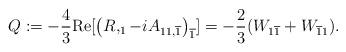
LaTeX: \begin{align*}Q:=-\frac{4}{3}\mathrm{Re}[\left( R,_{1}-iA_{11,\overline{1}}\right) _{\overline{1}}]=-\frac{2}{3}(W_{1\overline{1}}+W_{\overline{1}1}). \end{align*}